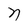
Character: n